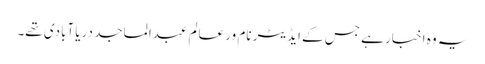
یہ وہ اخبار ہے جس کے ایڈیٹر نام ور عالم عبدالماجد دریا آبادی تھے۔